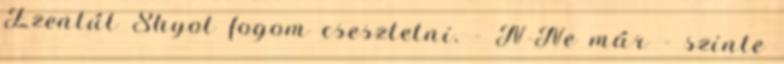
Ezentúl Shyot fogom csesztetni. - N-Ne már - szinte